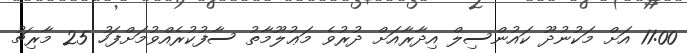
11:00 އަށް މަކުނުދޫ ކައުންސިލް އިދާރާއަށް ދުރުވެ މަޢުލޫމާތު ސާފުކުރެއްވުމަށްފަހު 25 މާރިޗު